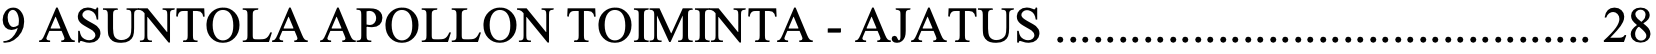
9 ASUNTOLA APOLLON TOIMINTA - AJATUS ........................................... 28